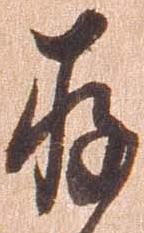
存